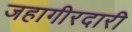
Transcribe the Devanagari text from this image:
जहागीरदारी